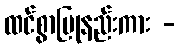
ထင်စွာပြုနည်းကား -